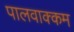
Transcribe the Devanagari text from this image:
पालवाक्कम